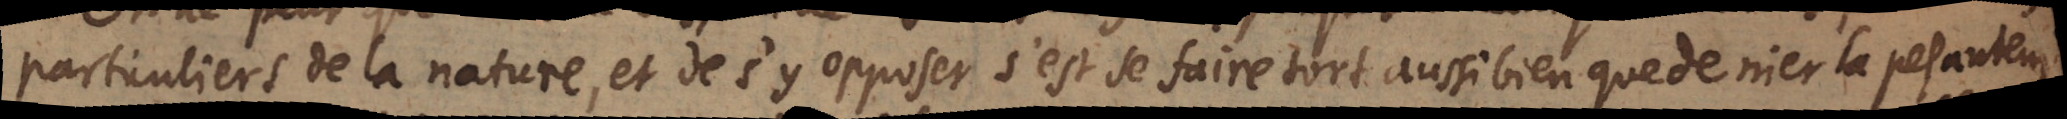
particuliers de la nature, et de s’y opposer c’est se faire tort aussi bien que de nier la pesanteur